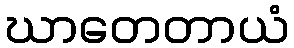
ဃာတေတာယံ